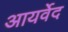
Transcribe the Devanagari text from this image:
आयर्वेद